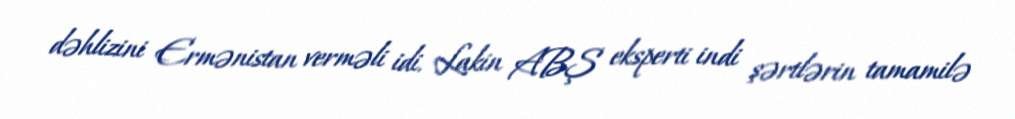
dəhlizini Ermənistan verməli idi. Lakin ABŞ eksperti indi şərtlərin tamamilə